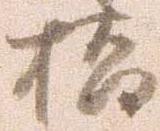
橋